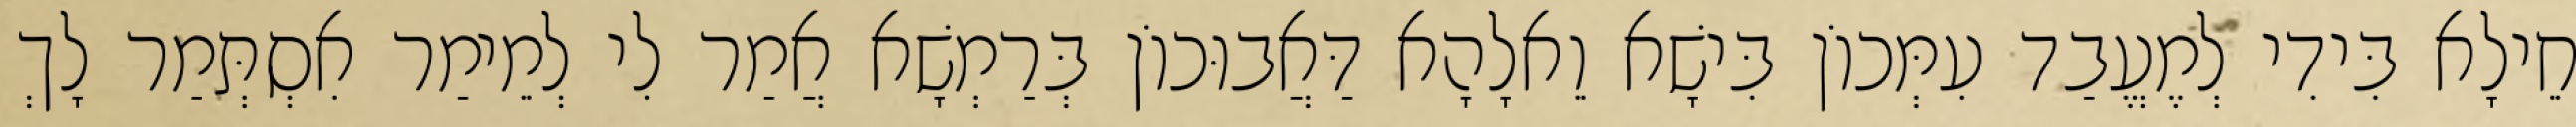
חֵילָא בִּידִי לְמֶעֱבַד עִמְּכוֹן בִּישָׁא וֵאלָהָא דַּאֲבוּכוֹן בְּרַמְשָׁא אֲמַר לִי לְמֵימַר אִסְתְּמַר לָךְ